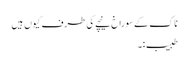
ناک کے سوراخ نیچے کی طرف کیوں ہیں
طبیب:۔